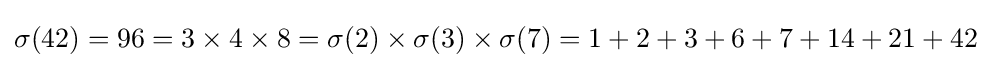
\sigma (42)=96=3\times 4\times 8=\sigma (2)\times \sigma (3)\times \sigma (7)=1+2+3+6+7+14+21+42